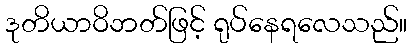
ဒုတိယာဝိဘတ်ဖြင့် ရုပ်နေရလေသည်။